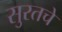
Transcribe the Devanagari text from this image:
सुरतचे